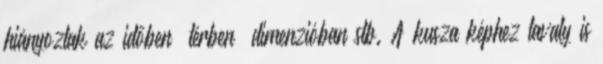
hiányoztak az időben térben dimenzióban stb. A kusza képhez tavaly is